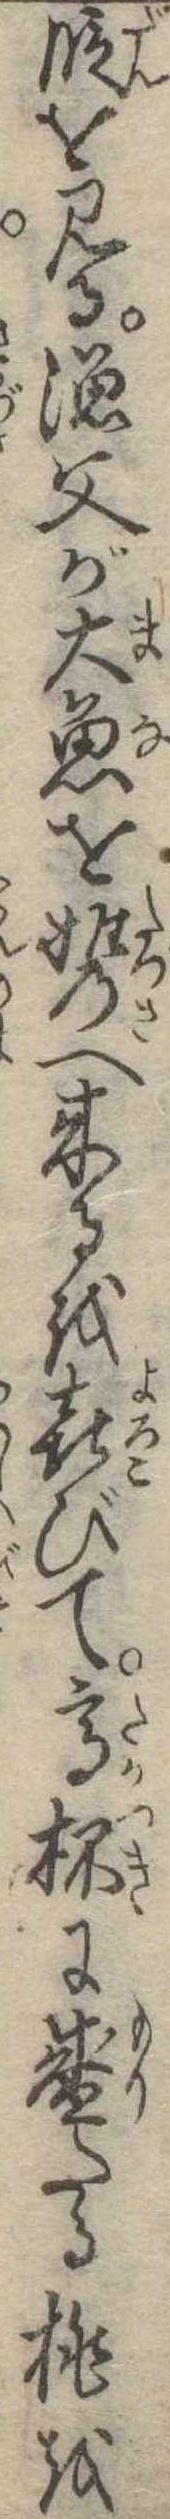
段を見る漁父が大魚を携へ来るを喜びて高杯に盛たる桃を